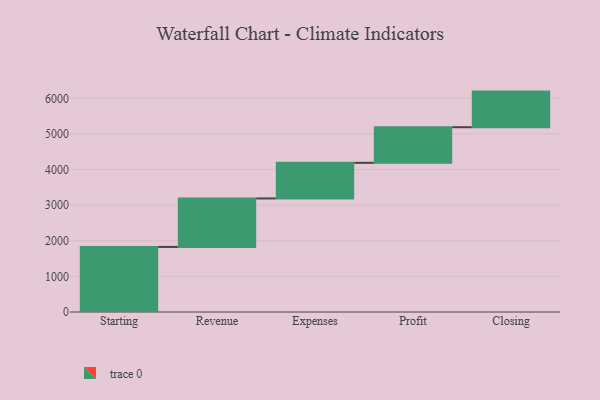
{"axis": {"x": "Step", "y": "Value"}, "legend": [""], "data": [{"x": "Starting", "y": 1827.0, "type": ""}, {"x": "Revenue", "y": 1361.0, "type": ""}, {"x": "Expenses", "y": 1000, "type": ""}, {"x": "Profit", "y": 1000, "type": ""}, {"x": "Closing", "y": 1000, "type": ""}]}